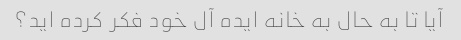
آیا تا به حال به خانه ایده آل خود فکر کرده اید؟